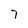
Character: 7